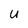
Character: U